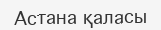
Астана қаласы